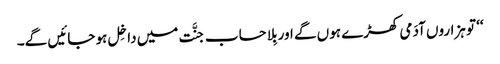
‘‘ تو ہزاروں آدَمی کھڑے ہوں گے اور بِلا حساب جنَّت میں داخِل ہو جائیں گے۔